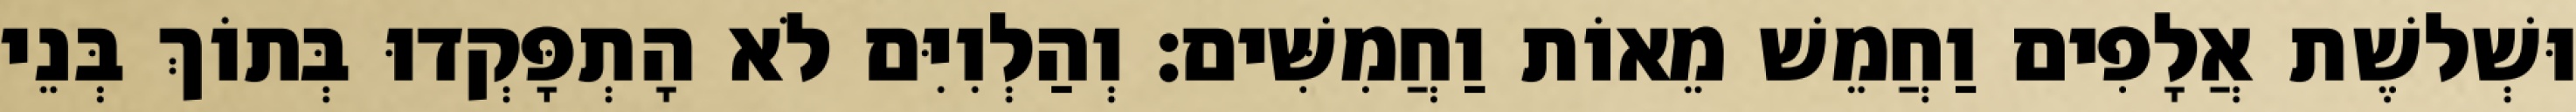
וּשְׁלשֶׁת אֲלָפִים וַחֲמֵשׁ מֵאוֹת וַחֲמִשִּׁים׃ וְהַלְוִיִּם לֹא הָתְפָּקְדוּ בְּתוֹךְ בְּנֵי